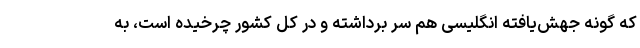
که گونه جهش‌یافته انگلیسی هم سر برداشته و در کل کشور چرخیده است، به